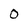
Character: 0